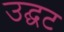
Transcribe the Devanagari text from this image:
उद्घट